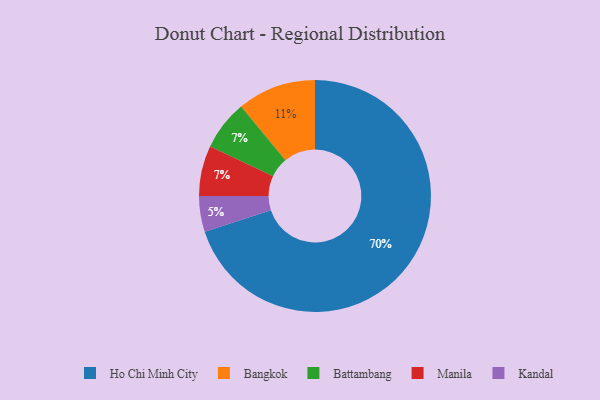
{"axis": {"x": "Category", "y": "Percentage"}, "legend": ["Bangkok", "Battambang", "Ho Chi Minh City", "Kandal", "Manila"], "data": [{"x": "Bangkok", "y": 11, "type": "Bangkok"}, {"x": "Battambang", "y": 7, "type": "Battambang"}, {"x": "Ho Chi Minh City", "y": 70, "type": "Ho Chi Minh City"}, {"x": "Manila", "y": 7, "type": "Manila"}, {"x": "Kandal", "y": 5, "type": "Kandal"}]}